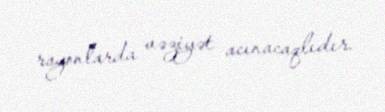
rayonlarda vəziyət acınacaqlıdır.